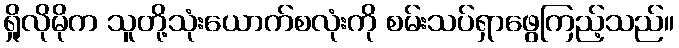
ရှိုလိုမိုက သူတို့သုံးယောက်စလုံးကို စမ်းသပ်ရှာဖွေကြည့်သည်။